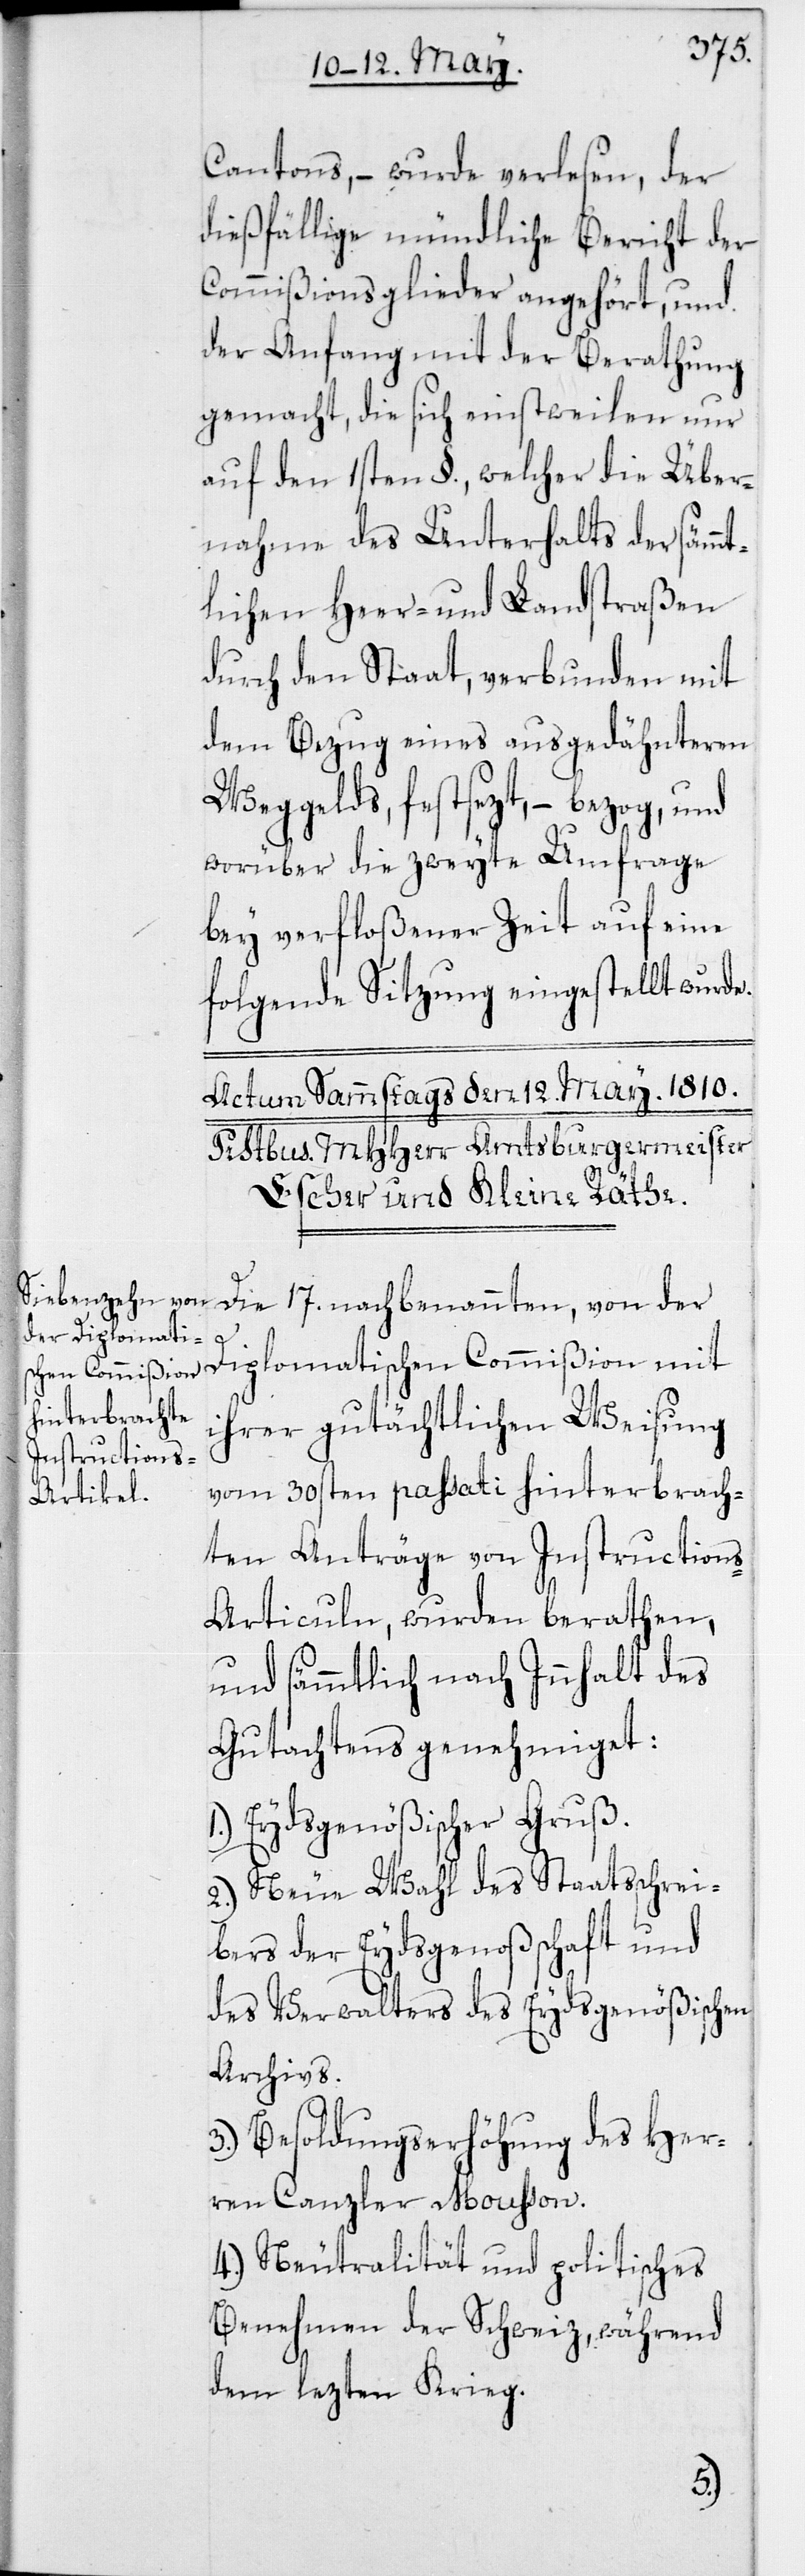
Cantons, – wurde verlesen, der
dießfällige mündliche Bericht der
Commißionsglieder angehört, und
der Anfang mit der Berathung
gemacht, die sich einstweilen nur
auf den 1sten §., welcher die Über¬
nahme des Unterhalts der sämm¬
tlichen Heer- und Landstraßen
durch den Staat, verbunden mit
dem Bezug eines ausgeähnteren
Weggelds, festsezt, – bezog, und
worüber die zweyte Umfrage
bey verfloßener Zeit auf eine
folgende Sitzung eingestellt wurde.
Die 17. nachbenannten, von der
Diplomatischen Commißion mit
ihrer gutächtlichen Weisung
vom 30sten passati hinterbrach¬
ten Anträge von Instruction¬
s-Articuln, wurden berathen,
und sämmtlich nach Innhalt des
Gutachtens genehmiget:
1. Eydsgenößischer Gruß.
2. Neue Wahl des Staatsschrei¬
bers der Eydsgenoßschaft und
des Verwalters des Eydsgenößischen
Archivs.
3. Besoldungserhöhung des Her¬
ren Canzler Mousson.
4. Neutralität und politisches
Benehmen der Schweiz, während
dem lezten Krieg.